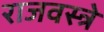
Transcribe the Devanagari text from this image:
राजवस्त्रे